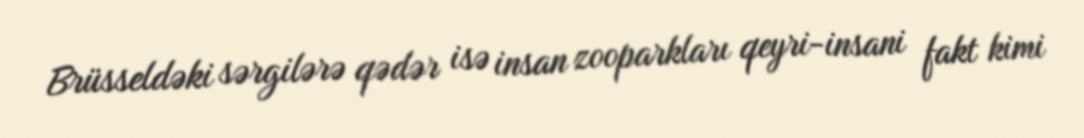
Brüsseldəki sərgilərə qədər isə insan zooparkları qeyri-insani fakt kimi